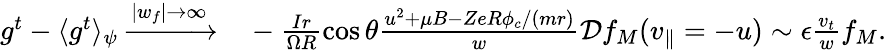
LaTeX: \begin{array}{rl}{g^{t}-\langle g^{t}\rangle_{\psi}\xrightarrow{|w_{f}|\rightarrow\infty}}&{{}-\frac{Ir}{\Omega R}\cos{\theta}\frac{u^{2}+\mu B-ZeR\phi_{c}/(mr)}{w}\mathcal{D}f_{M}(v_{\parallel}=-u)\sim\epsilon\frac{v_{t}}{w}f_{M}.}\end{array}